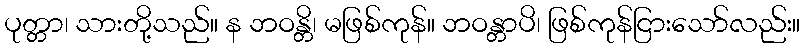
ပုတ္တာ၊ သားတို့သည်။ န ဘဝန္တိ၊ မဖြစ်ကုန်။ ဘဝန္တာပိ၊ ဖြစ်ကုန်ငြားသော်လည်း။